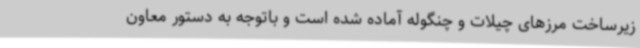
زیرساخت مرزهای چیلات و چنگوله آماده شده است و باتوجه به دستور معاون